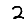
Digit: 2